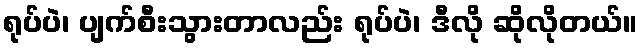
ရုပ်ပဲ၊ ပျက်စီးသွားတာလည်း ရုပ်ပဲ၊ ဒီလို ဆိုလိုတယ်။